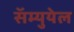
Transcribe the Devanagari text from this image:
सॅम्युयेल